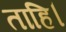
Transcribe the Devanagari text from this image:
ताहि।